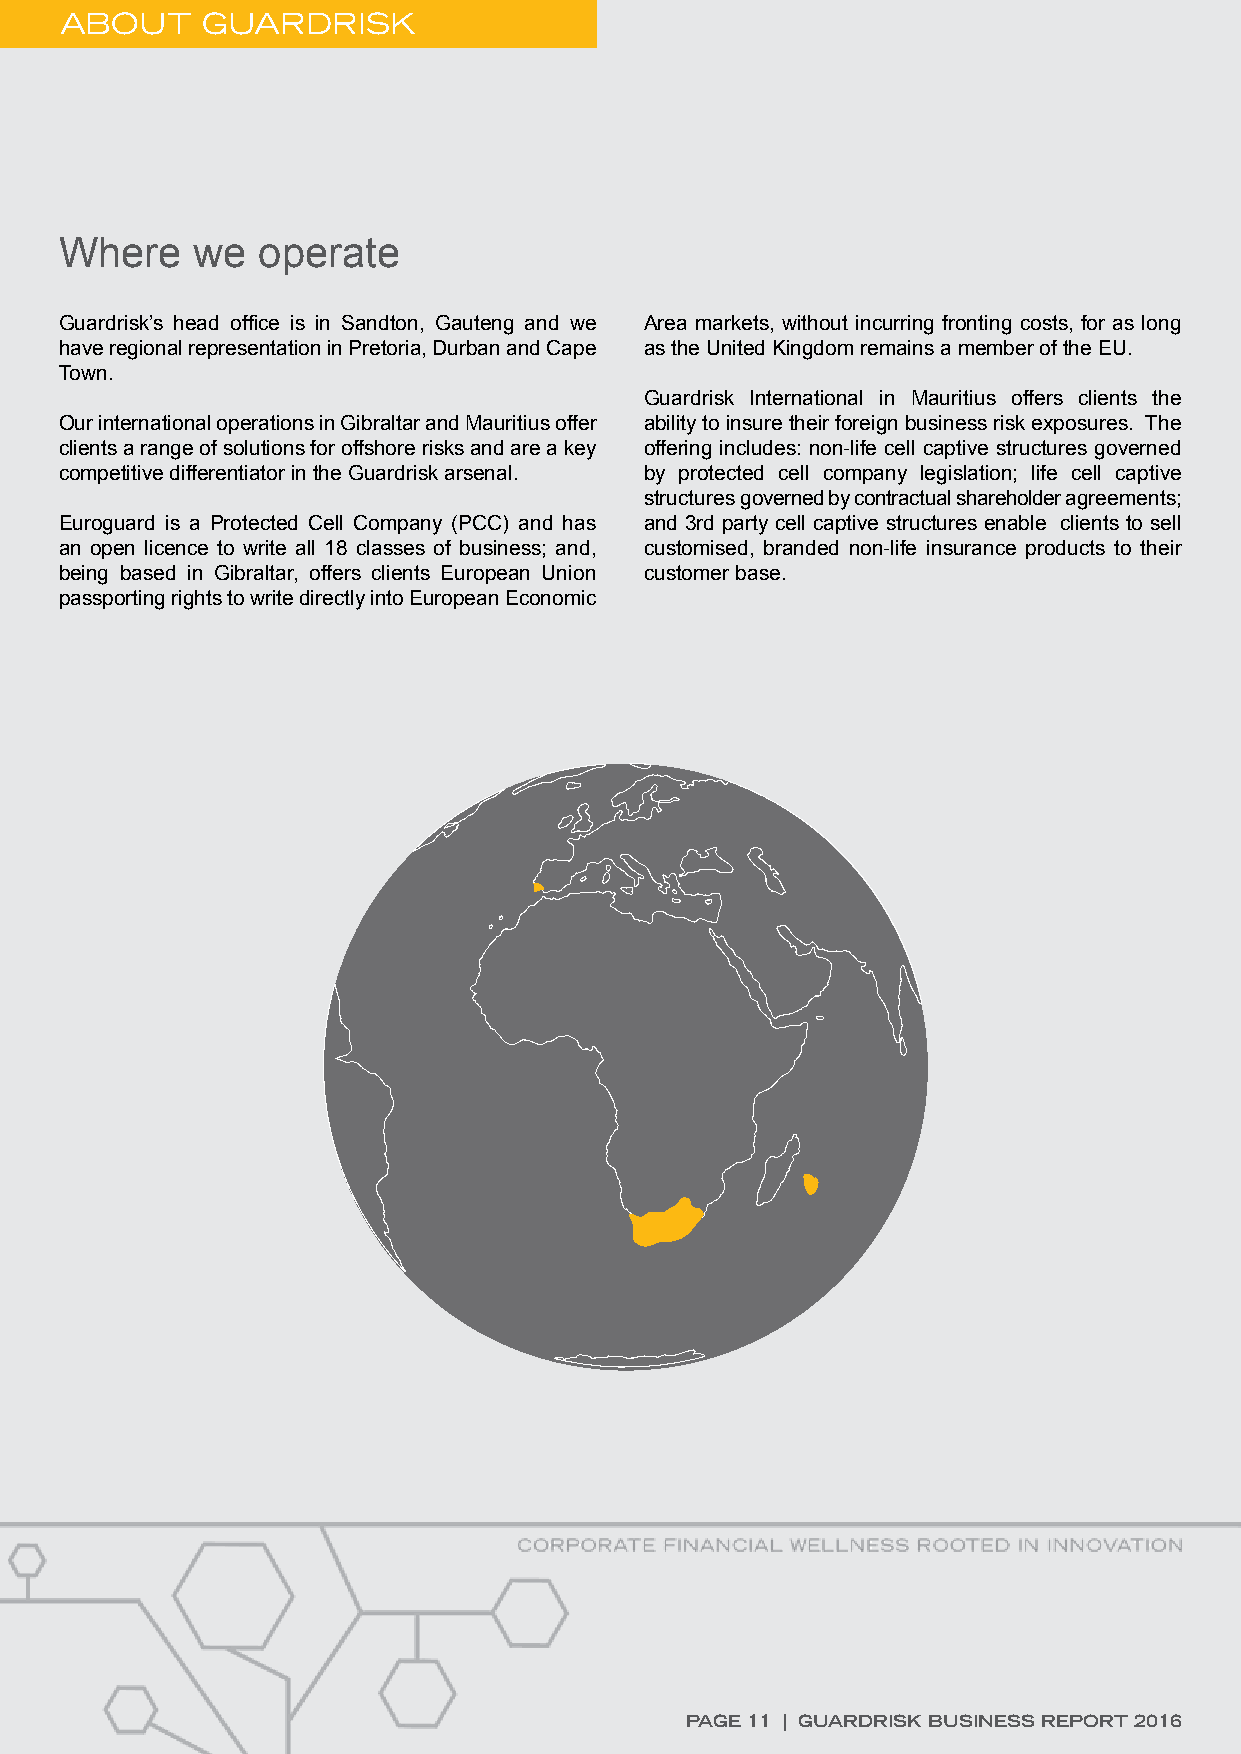
ABOUT    GUARDRISK
 Where    we  operate
 Guardrisk’s head office is in Sandton, Gauteng and we Area markets, without incurring fronting costs, for as long
 have regional representation in Pretoria, Durban and Cape as the United Kingdom remains a member of the EU.
 Town.
 Guardrisk International in Mauritius offers clients the
 Our international operations in Gibraltar and Mauritius offer ability to insure their foreign business risk exposures. The
 clients a range of solutions for offshore risks and are a key offering includes: non-life cell captive structures governed
 competitive differentiator in the Guardrisk arsenal. by protected cell company legislation; life cell captive
 structures governed by contractual shareholder agreements;
 Euroguard is a Protected Cell Company (PCC) and has and 3rd party cell captive structures enable clients to sell
 an open licence to write all 18 classes of business; and, customised, branded non-life insurance products to their
 being based in Gibraltar, offers clients European Union customer base.
 passporting rights to write directly into European Economic
 PAGE 11 | GUARDRISK BUSINESS REPORT 2016